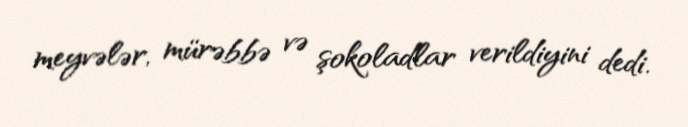
meyvələr, mürəbbə və şokoladlar verildiyini dedi.